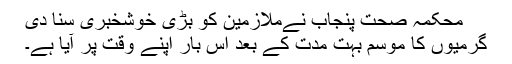
محکمہ صحت پنجاب نےملازمین کو بڑی خوشخبری سنا دی
گرمیوں کا موسم بہت مدت کے بعد اس بار اپنے وقت پر آیا ہے۔